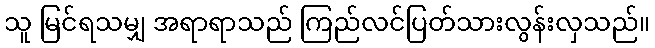
သူ မြင်ရသမျှ အရာရာသည် ကြည်လင်ပြတ်သားလွန်းလှသည်။